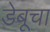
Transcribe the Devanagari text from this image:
डेबूचा